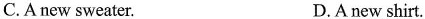
C. Anew sweater. D. A new shirt.